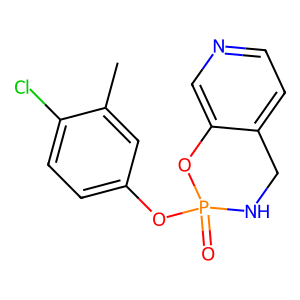
SMILES: Cc1cc(OP2(=O)NCc3ccncc3O2)ccc1Cl
Inhibits HIV replication: No